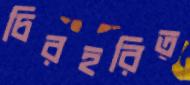
চিরহরিত্